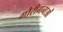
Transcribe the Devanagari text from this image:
गौरीगनाओं